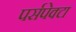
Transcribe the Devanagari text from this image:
पर्सपेक्टा